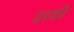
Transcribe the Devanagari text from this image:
ढ़रकी